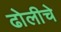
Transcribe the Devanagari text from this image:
ढोलीचे